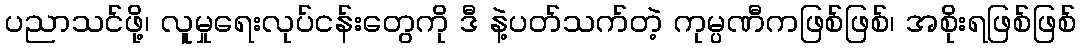
ပညာသင်ဖို့၊ လူမှုရေးလုပ်ငန်းတွေကို ဒီ နဲ့ပတ်သက်တဲ့ ကုမ္ပဏီကဖြစ်ဖြစ်၊ အစိုးရဖြစ်ဖြစ်